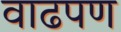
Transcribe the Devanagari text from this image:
वाढपण